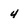
Character: 4